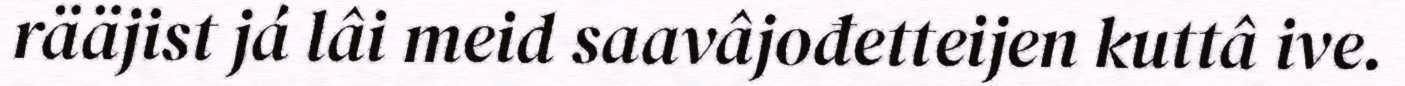
rääjist já lâi meid saavâjođetteijen kuttâ ive.